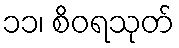
၁၁၊ စိဝရသုတ်